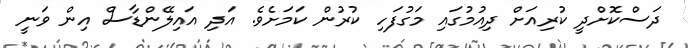
ދަސްކޮށްދީ ކުރިއަށް ދިއުމުގައި މަގުފަހި ކުރުން ކަމަށެވެ. އަދި އައިލޭންޑާސް އިން ވަނީ